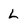
Character: L